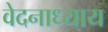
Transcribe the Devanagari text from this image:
वेदनाध्याय